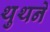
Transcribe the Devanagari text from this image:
थुथने